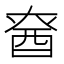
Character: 𮠡